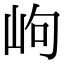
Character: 岣